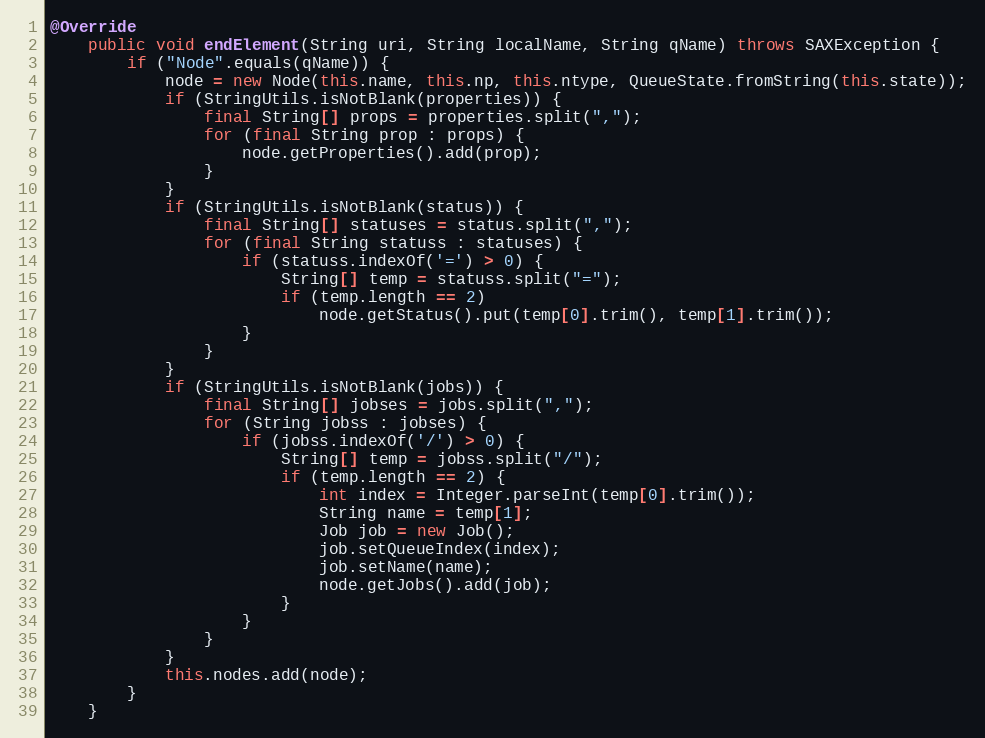
Language: Java
@Override
    public void endElement(String uri, String localName, String qName) throws SAXException {
        if ("Node".equals(qName)) {
            node = new Node(this.name, this.np, this.ntype, QueueState.fromString(this.state));
            if (StringUtils.isNotBlank(properties)) {
                final String[] props = properties.split(",");
                for (final String prop : props) {
                    node.getProperties().add(prop);
                }
            }
            if (StringUtils.isNotBlank(status)) {
                final String[] statuses = status.split(",");
                for (final String statuss : statuses) {
                    if (statuss.indexOf('=') > 0) {
                        String[] temp = statuss.split("=");
                        if (temp.length == 2)
                            node.getStatus().put(temp[0].trim(), temp[1].trim());
                    }
                }
            }
            if (StringUtils.isNotBlank(jobs)) {
                final String[] jobses = jobs.split(",");
                for (String jobss : jobses) {
                    if (jobss.indexOf('/') > 0) {
                        String[] temp = jobss.split("/");
                        if (temp.length == 2) {
                            int index = Integer.parseInt(temp[0].trim());
                            String name = temp[1];
                            Job job = new Job();
                            job.setQueueIndex(index);
                            job.setName(name);
                            node.getJobs().add(job);
                        }
                    }
                }
            }
            this.nodes.add(node);
        }
    }